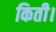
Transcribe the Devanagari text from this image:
किती।